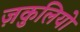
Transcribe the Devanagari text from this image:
ज़कुलियो